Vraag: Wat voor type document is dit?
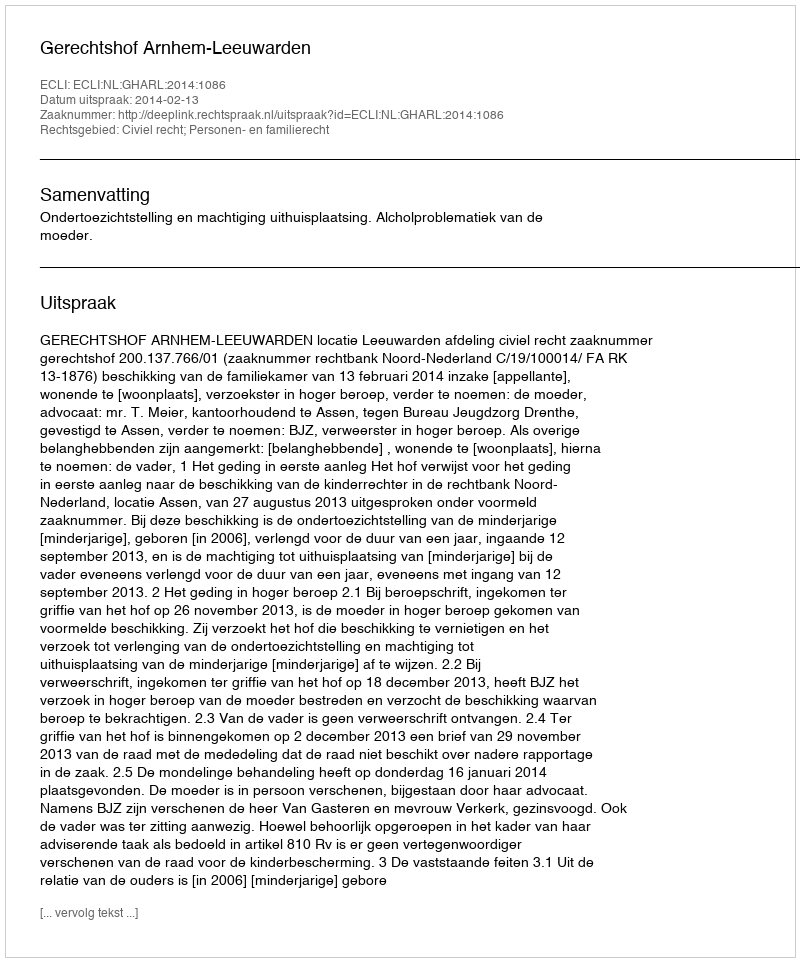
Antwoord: Uitspraak